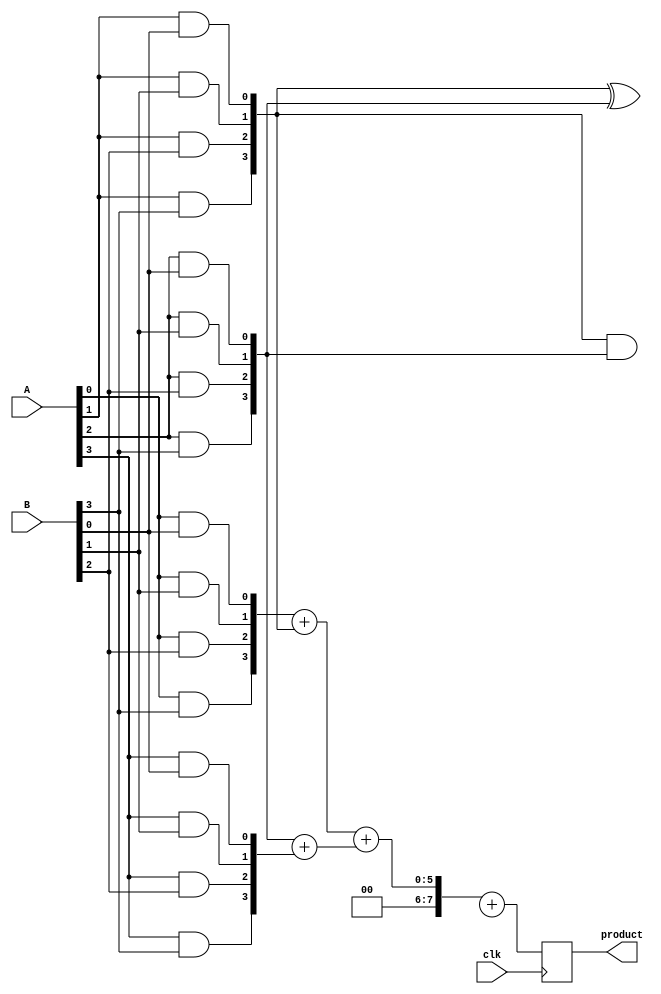
module wallace_tree_multiplier #(parameter N = 4)(
    input clk,
    input [N-1:0] A,
    input [N-1:0] B,
    output reg [2*N-1:0] product
);

    // Internal signals
    wire [N-1:0] pp[N-1:0]; // Partial products
    wire [2*N-1:0] sums[2*N-1:0];
    wire [2*N-1:0] carry[2*N-1:0];

    // Generate partial products
    genvar i, j;
    generate
        for (i = 0; i < N; i = i + 1) begin : generate_partial_products
            for (j = 0; j < N; j = j + 1) begin : partial_product
                assign pp[i][j] = A[i] & B[j];
            end
        end
    endgenerate

    // Wallace tree reduction
    // Level 1: Reduce to half adders and full adders
    wire [N-1:0] sum1 [N-1:0];
    wire [N-1:0] carry1 [N-1:0];

    generate
        for (i = 0; i < N; i = i + 1) begin : level1
            if (i % 2 == 0 && i + 1 < N) begin // Full Adder
                assign {carry1[i/2], sum1[i/2]} = pp[i] + pp[i+1];
            end else if (i + 1 < N) begin // Half Adder
                assign sum1[i/2] = pp[i] ^ pp[i+1];
                assign carry1[i/2] = pp[i] & pp[i+1];
            end
        end
    endgenerate

    // Level 2: Further reduction
    wire [N:0] sum2 [N/2:0];
    wire [N:0] carry2 [N/2:0];

    generate
        for (i = 0; i < N/2; i = i + 1) begin : level2
            if (i % 2 == 0 && i + 1 < N/2) begin
                assign {carry2[i], sum2[i]} = {carry1[i], sum1[i]} + {carry1[i+1], sum1[i+1]};
            end else if (i + 1 < N/2) begin
                assign sum2[i] = {carry1[i], sum1[i]} ^ {carry1[i+1], sum1[i+1]};
                assign carry2[i] = {carry1[i], sum1[i]} & {carry1[i+1], sum1[i+1]};
            end
        end
    endgenerate

    // Final addition
    wire [2*N:0] final_sum;
    wire [2*N:0] final_carry;

    assign final_sum = {carry2[0], sum2[0]} + {carry2[1], sum2[1]};
    
    // Store final product on clock edge
    always @(posedge clk) begin
        product <= final_sum;
    end

endmodule